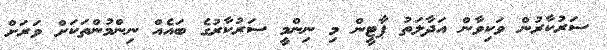
ސަރުކާރުން ވަކިވާން އަދާލަތު ޕާޓީން މި ނިންމީ ސަރުކާރުގެ ބައެއް ނިންމުންތަކަށް ވަރަށް